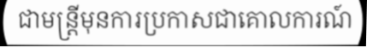
ជាមន្ត្រីមុនការប្រកាសជាគោលការណ៍